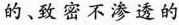
的、致密不渗透的